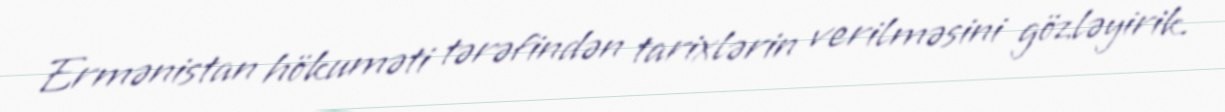
Ermənistan hökuməti tərəfindən tarixlərin verilməsini gözləyirik.